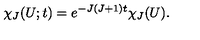
\chi _ { J } ( U ; t ) = e ^ { - J ( J + 1 ) t } \chi _ { J } ( U ) .